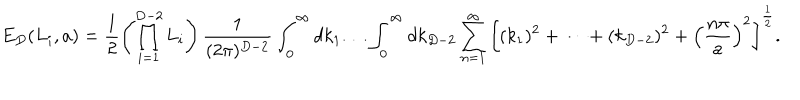
E _ { D } ( L _ { i } , a ) = \frac { 1 } { 2 } \left( \prod _ { i = 1 } ^ { D - 2 } L _ { i } \right) \frac { 1 } { ( 2 \pi ) ^ { D - 2 } } \int _ { 0 } ^ { \infty } d k _ { 1 } \dots \int _ { 0 } ^ { \infty } d k _ { D - 2 } \sum _ { n = 1 } ^ { \infty } \left[ ( k _ { 1 } ) ^ { 2 } + \dots + ( k _ { D - 2 } ) ^ { 2 } + \left( \frac { n \pi } { a } \right) ^ { 2 } \right] ^ { \frac { 1 } { 2 } } .